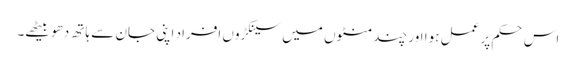
اس حکم پر عمل ہوا اور چند منٹوں میں سینکڑوں افراد اپنی جان سے ہاتھ دھو بیٹھے۔